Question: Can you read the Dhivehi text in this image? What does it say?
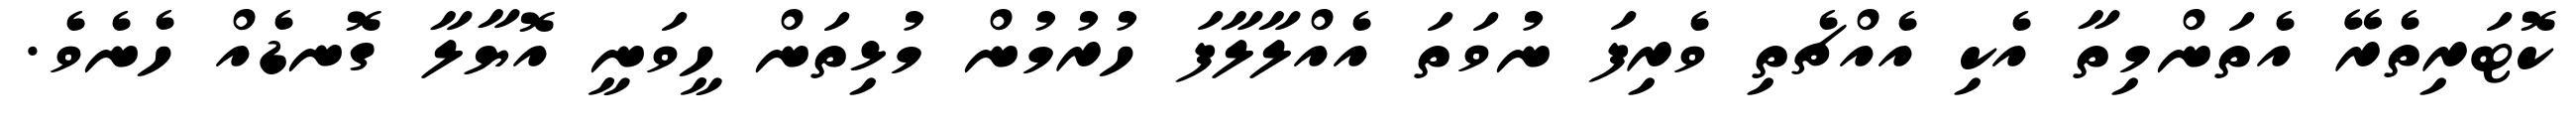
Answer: ކޮޓަރިތެރޭ އެތަންމިތާ އެކި އެއްޗެތި ވެރިފަ ނުވަތަ އެއްލާލާފަ ހުރުމުން މުޅިތަން ހީވަނީ އޮޔާލާ ގޮނޑެއް ހެނެވެ.